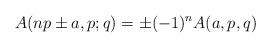
LaTeX: \begin{align*}A(np\pm a,p;q)=\pm (-1)^nA(a,p,q)\end{align*}